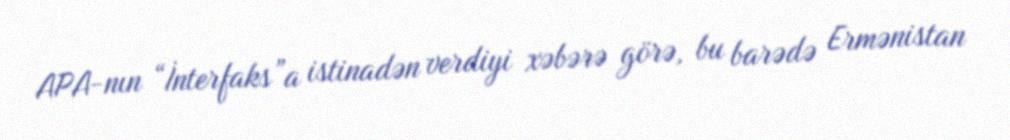
APA-nın “İnterfaks”a istinadən verdiyi xəbərə görə, bu barədə Ermənistan